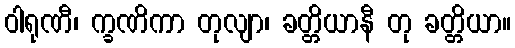
ဝါရုဏီ၊ က္ခဏိကာ တုလျာ၊ ခတ္တိယာနီ တု ခတ္တိယာ။